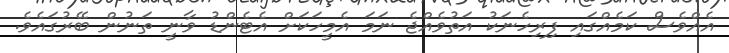
އެއްވެސް ކަމެއްގައި ފިރިހެނަކު އަތުވެއްޖެ ނަމަ އެމީހަކަށް އެޓެންޑު ވާނީ ތަނުން ބޭރުގައެވެ.